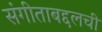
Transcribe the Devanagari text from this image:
संगीताबद्दलची